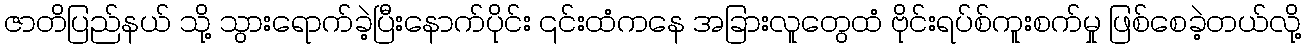
ဇာတိပြည်နယ် သို့ သွားရောက်ခဲ့ပြီးနောက်ပိုင်း ၎င်းထံကနေ အခြားလူတွေထံ ဗိုင်းရပ်စ်ကူးစက်မှု ဖြစ်စေခဲ့တယ်လို့